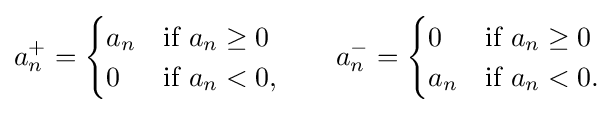
a_{n}^{+}={\begin{cases}a_{n}&{\text{if }}a_{n}\geq 0\\0&{\text{if }}a_{n}<0,\end{cases}}\qquad a_{n}^{-}={\begin{cases}0&{\text{if }}a_{n}\geq 0\\a_{n}&{\text{if }}a_{n}<0.\end{cases}}